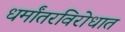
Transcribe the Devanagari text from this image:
धर्मांतरविरोधात